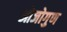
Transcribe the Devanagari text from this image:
ओजोगुण